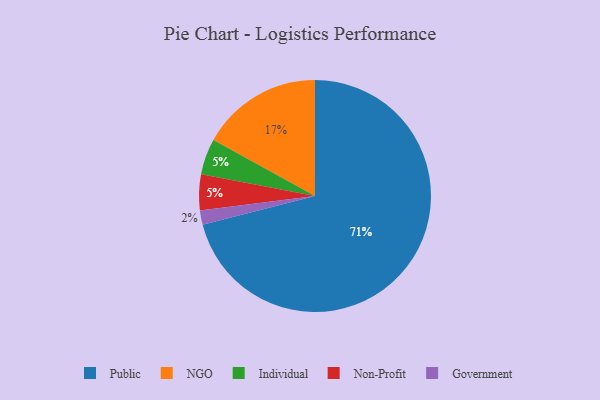
{"axis": {"x": "Category", "y": "Percentage"}, "legend": ["Government", "Individual", "NGO", "Non-Profit", "Public"], "data": [{"x": "Government", "y": 2, "type": "Government"}, {"x": "Individual", "y": 5, "type": "Individual"}, {"x": "Non-Profit", "y": 5, "type": "Non-Profit"}, {"x": "NGO", "y": 17, "type": "NGO"}, {"x": "Public", "y": 71, "type": "Public"}]}